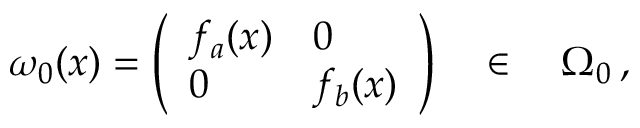
\omega _ { 0 } ( x ) = \left( \begin{array} { l l } { { f _ { a } ( x ) } } & { { 0 } } \\ { { 0 } } & { { f _ { b } ( x ) } } \end{array} \right) \quad \in \quad \Omega _ { 0 } \, ,